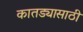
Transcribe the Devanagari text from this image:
कातड्यासाठी